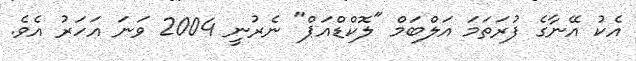
އެކު އޭނާގެ ފުރަތަމަ އަލްބަމް "ލޮކްޑްއަޕް" ނެރުނީ 2004 ވަނަ އަހަރު އެވެ.